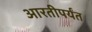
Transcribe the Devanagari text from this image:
आरतीपर्यंत